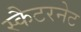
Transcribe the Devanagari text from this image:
स्कैटरनेट